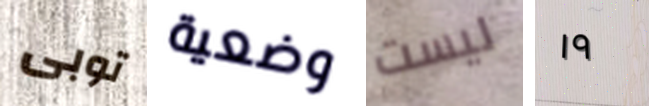
توبى وضعية ليست ١٩